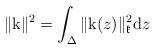
LaTeX: \begin{align*}\|\mathrm{k}\|^2=\int_{\Delta}\|\mathrm{k}(z)\|^2_{\mathfrak{k}}\mathrm{d}z\end{align*}